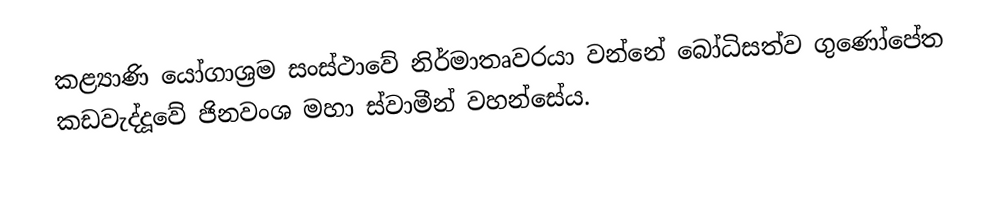
කළ්‍යාණි යෝගාශ්‍රම සංස්ථාවේ නිර්මාතෘවරයා වන්නේ බෝධිසත්ව ගුණෝපේත කඩවැද්දූවේ ජිනවංශ මහා ස්වාමීන් වහන්සේය.